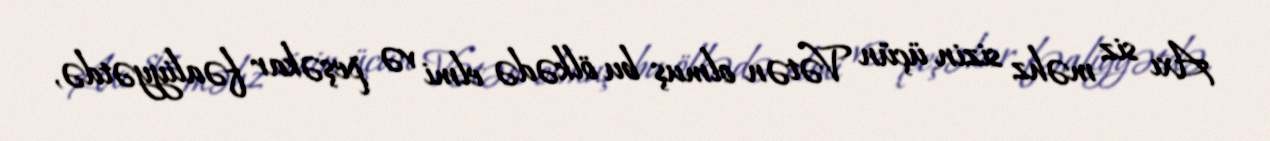
Axı siz məhz sizin üçün Vətən olmuş bu ölkədə elmi və peşəkar fəaliyyətdə,